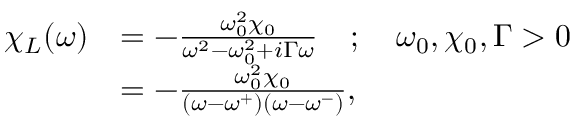
\begin{array} { r l } { \chi _ { L } ( \omega ) } & { = - \frac { \omega _ { 0 } ^ { 2 } \chi _ { 0 } } { \omega ^ { 2 } - \omega _ { 0 } ^ { 2 } + i \Gamma \omega } \quad ; \quad \omega _ { 0 } , \chi _ { 0 } , \Gamma > 0 } \\ & { = - \frac { \omega _ { 0 } ^ { 2 } \chi _ { 0 } } { ( \omega - \omega ^ { + } ) ( \omega - \omega ^ { - } ) } , } \end{array}